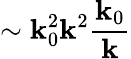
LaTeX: \sim\mathbf{k}_{0}^{2}\mathbf{k}^{2}\frac{{\mathbf{k}_{0}}}{{\mathbf{k}}}